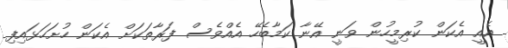
އެއީ އެކަން ކުރިމީހުން ވަނީ އޭނާ ކަމާބެހޭ އެއްވެސް ފަރާތަކަށް އެކަން ހުށަހަޅައިފި